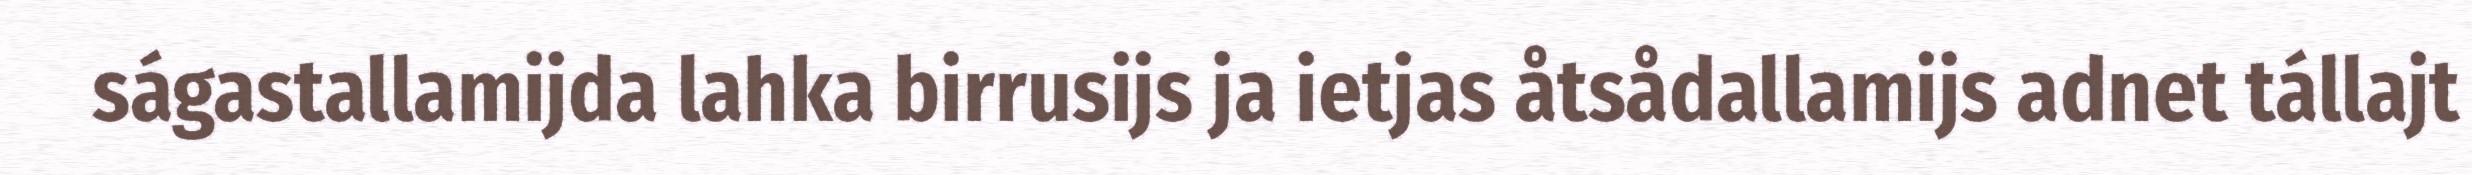
ságastallamijda lahka birrusijs ja ietjas åtsådallamijs adnet tállajt